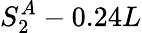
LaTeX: S_{2}^{A}-0.24L